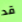
قد